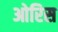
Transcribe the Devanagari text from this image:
ओरिस